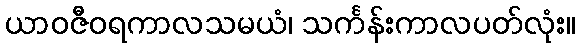
ယာဝဇီဝရကာလသမယံ၊ သင်္ကန်းကာလပတ်လုံး။